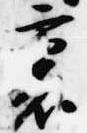
裏